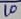
Text: 10